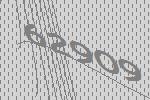
62909